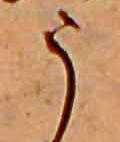
う